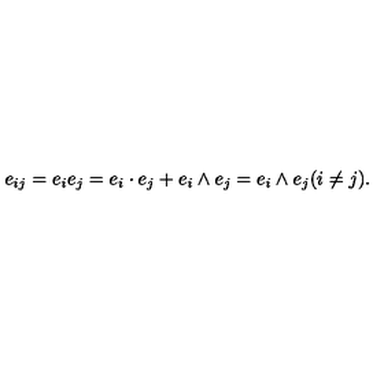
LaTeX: e _ { i j } = e _ { i } e _ { j } = e _ { i } \cdot e _ { j } + e _ { i } \wedge e _ { j } = e _ { i } \wedge e _ { j } ( i \neq j ) .